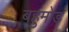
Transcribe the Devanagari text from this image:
बहुमोड़